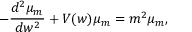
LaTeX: - \frac { d ^ { 2 } \mu _ { m } } { d w ^ { 2 } } + V ( w ) \mu _ { m } = m ^ { 2 } \mu _ { m } ,